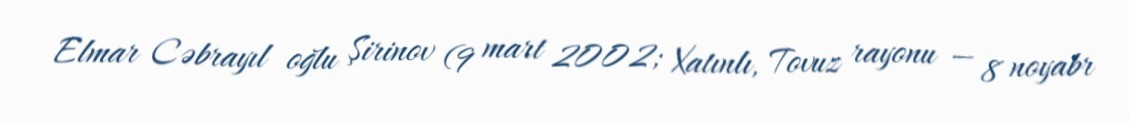
Elmar Cəbrayıl oğlu Şirinov (9 mart 2002; Xatınlı, Tovuz rayonu — 8 noyabr